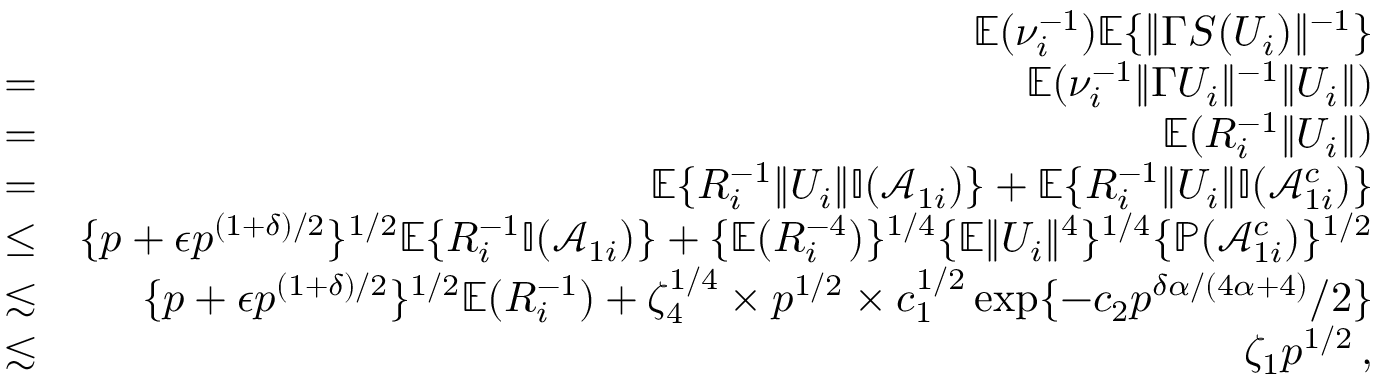
\begin{array} { r l r } & { } & { { \mathbb { E } } ( \nu _ { i } ^ { - 1 } ) { \mathbb { E } } \{ \| \Gamma S ( U _ { i } ) \| ^ { - 1 } \} } \\ & { = } & { { \mathbb { E } } ( \nu _ { i } ^ { - 1 } \| \Gamma U _ { i } \| ^ { - 1 } \| U _ { i } \| ) } \\ & { = } & { { \mathbb { E } } ( R _ { i } ^ { - 1 } \| U _ { i } \| ) } \\ & { = } & { { \mathbb { E } } \{ R _ { i } ^ { - 1 } \| U _ { i } \| { \mathbb { I } } ( \mathcal { A } _ { 1 i } ) \} + { \mathbb { E } } \{ R _ { i } ^ { - 1 } \| U _ { i } \| { \mathbb { I } } ( \mathcal { A } _ { 1 i } ^ { c } ) \} } \\ & { \leq } & { \{ p + \epsilon p ^ { ( 1 + \delta ) / 2 } \} ^ { 1 / 2 } { \mathbb { E } } \{ R _ { i } ^ { - 1 } { \mathbb { I } } ( \mathcal { A } _ { 1 i } ) \} + \{ { \mathbb { E } } ( R _ { i } ^ { - 4 } ) \} ^ { 1 / 4 } \{ { \mathbb { E } } \| U _ { i } \| ^ { 4 } \} ^ { 1 / 4 } \{ { \mathbb { P } } ( \mathcal { A } _ { 1 i } ^ { c } ) \} ^ { 1 / 2 } } \\ & { \lesssim } & { \{ p + \epsilon p ^ { ( 1 + \delta ) / 2 } \} ^ { 1 / 2 } { \mathbb { E } } ( R _ { i } ^ { - 1 } ) + \zeta _ { 4 } ^ { 1 / 4 } \times p ^ { 1 / 2 } \times c _ { 1 } ^ { 1 / 2 } \exp \{ - c _ { 2 } p ^ { \delta \alpha / ( 4 \alpha + 4 ) } / 2 \} } \\ & { \lesssim } & { \zeta _ { 1 } p ^ { 1 / 2 } \, , } \end{array}